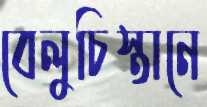
বেলুচিস্তানে